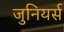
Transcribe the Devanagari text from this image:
जुनियर्स